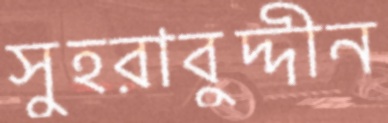
সুহরাবুদ্দীন